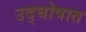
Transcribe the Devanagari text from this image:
उद्‌घोषात